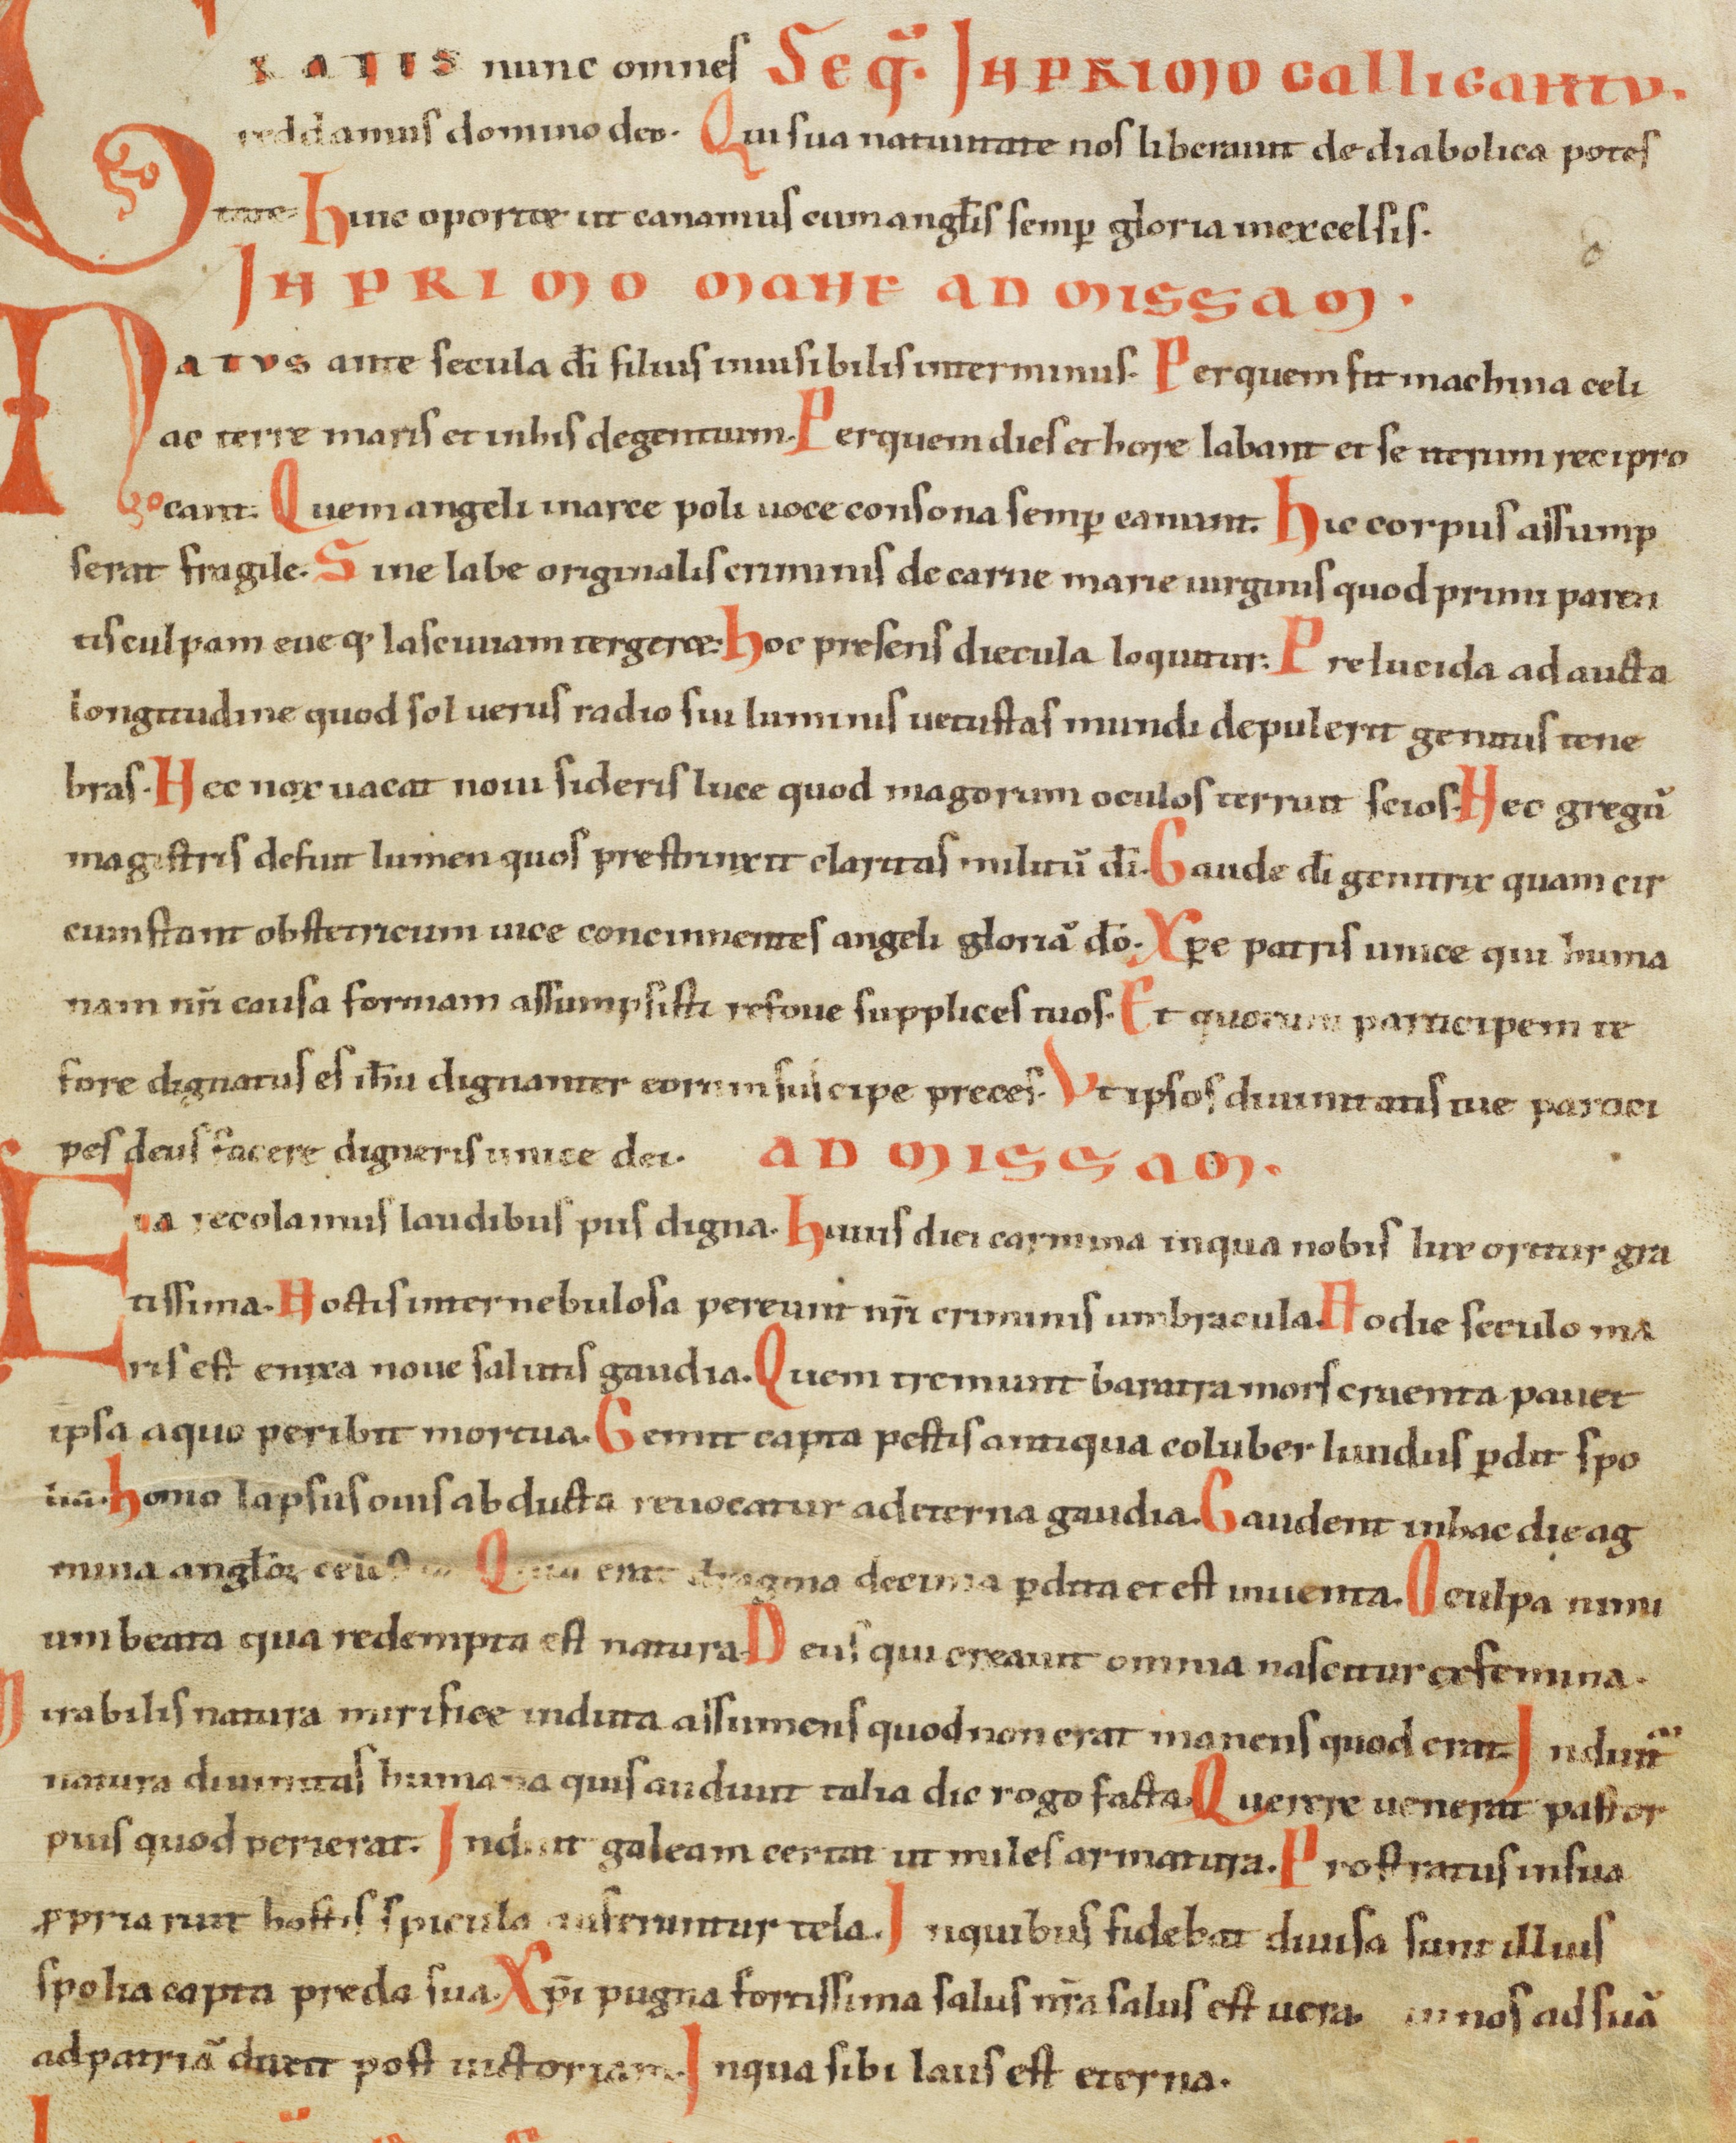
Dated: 1100–1199